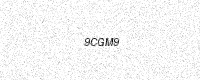
Text: 9CGM9